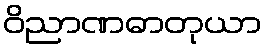
ဝိညာဏဓာတုယာ